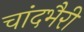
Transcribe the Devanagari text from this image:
चांदभैरी